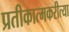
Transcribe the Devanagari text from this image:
प्रतीकात्मकरीत्या